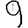
Digit: 9